Report on sanitation, dispensaries, and jails in Rajputana for 1913, and on vaccination for the year 1913-1914 - 1913-1914
Year: 1913
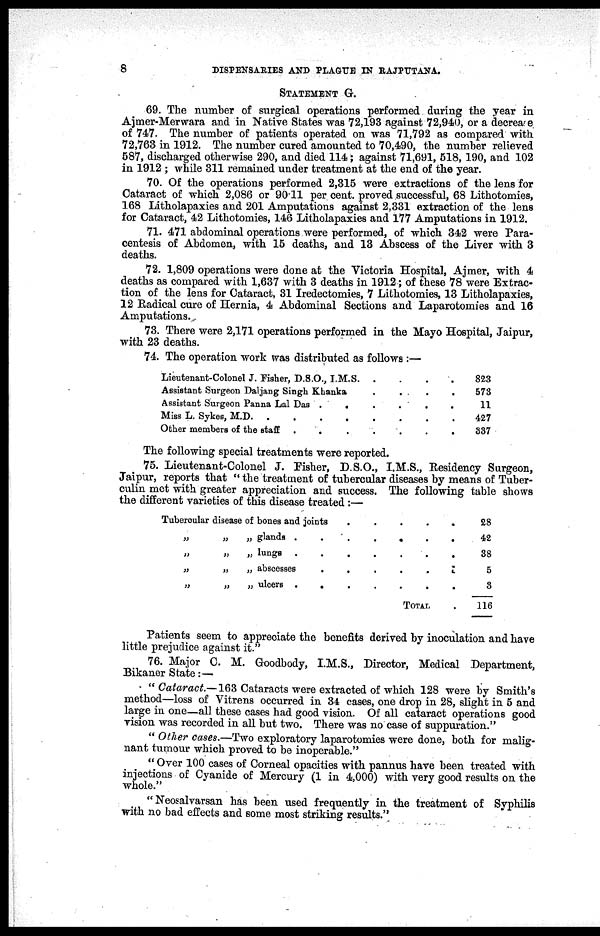
8
DISPENSARIES AND PLAGUE IN RAJPUTANA.
STATEMENT G.
69. The number of surgical operations performed during the year in
Ajmer-Merwara and in Native States was 72,193 against 72,940, or a decrease
of 747. The number of patients operated on was 71,792 as compared with
72,763 in 1912. The number cured amounted to 70,490, the number relieved
687, discharged otherwise 290, and died 114; against 71,691, 518, 190, and 102
in 1912 ; while 311 remained under treatment at the end of the year.
70. Of the operations performed 2,315 were extractions of the lens for
Cataract of which 2,086 or 90.11 per cent. proved successful, 68 Lithotomies,
168 Litholapaxies and 201 Amputations against 2,331 extraction of the lens
for Cataract, 42 Lithotomies, 146 Litholapaxies and 177 Amputations in 1912.
71. 471 abdominal operations were performed, of which 342 were Para-
centesis of Abdomen, with 15 deaths, and 13 Abscess of the Liver with 3
deaths.
72. 1,809 operations were done at the Victoria Hospital, Ajmer, with 4
deaths as compared with 1,637 with 3 deaths in 1912; of these 78 were Extrac-
tion of the lens for Cataract, 31 Iredectomies, 7 Lithotomies, 13 Litholapaxies,
12 Radical cure of Hernia, 4 Abdominal Sections and Laparotomies and 16
Amputations.
73. There were 2,171 operations performed in the Mayo Hospital, Jaipur,
with 23 deaths.
74. The operation work was distributed as follows :—
Lieutenant-Colonel J. Fisher, D.S.O., I.M.S. . . . . . .
Assistant Surgeon Daljang Singh Khanka . . . . . . .
Assistant Surgeon Panna Lal Das
.
.
.
.
.
.
Miss L. Sykes, M.D. . . . . . .
Other members of the staff
.
.
.
.
.
.
.
823
573
11
427
337
The following special treatments were reported.
75. Lieutenant-Colonel J. Fisher, D.S.O., I.M.S., Residency Surgeon,
Jaipur, reports that "the treatment of tubercular diseases by means of Tuber-
culin met with greater appreciation and success. The following table shows
the different varieties of this disease treated :—
Tubercular disease of bones and joints
.
.
.
.
„
„
„ glands
.
.
.
.
.
„
„
„ lungs
.
.
.
.
.
.
„
„
„ abscesses
.
.
.
.
.
.
„
„
„ ulcers
.
.
.
.
.
TOTAL .
28
42
38
5
3
116
Patients seem to appreciate the benefits derived by inoculation and have
little prejudice against it."
76. Major C. M. Goodbody, I.M.S., Director, Medical Department,
Bikaner State :—
" Cataract.—163 Cataracts were extracted of which 128 were by Smith's
method—loss of Vitrens occurred in 34 cases, one drop in 28, slight in 5 and
large in one—all these cases had good vision. Of all cataract operations good
vision was recorded in all but two. There was no case of suppuration."
" Other cases.—Two exploratory laparotomies were done, both for malig-
nant tumour which proved to be inoperable."
"Over 100 cases of Corneal opacities with pannus have been treated with
injections of Cyanide of Mercury (1 in 4,000) with very good results on the
whole."
" Neosalvarsan has been used frequently in the treatment of Syphilis
with no bad effects and some most striking results."